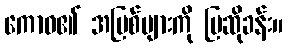
ကောဓ၏ အပြစ်များကို ပြဆိုခန်း။